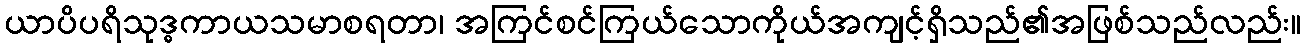
ယာပိပရိသုဒ္ဓကာယသမာစရတာ၊ အကြင်စင်ကြယ်သောကိုယ်အကျင့်ရှိသည်၏အဖြစ်သည်လည်း။